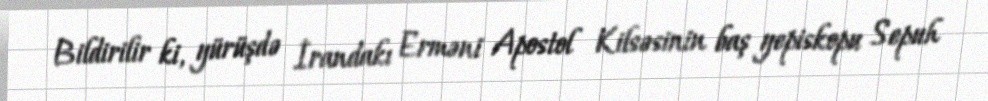
Bildirilir ki, yürüşdə İrandakı Erməni Apostol Kilsəsinin baş yepiskopu Sepuh